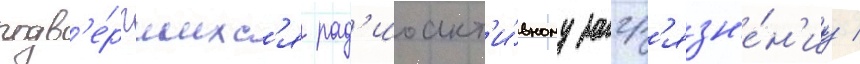
подв'е́ргшихс'я рад'иоакт'и́вному загр'язн'е́н'иу /